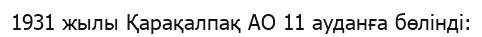
1931 жылы Қарақалпақ АО 11 ауданға бөлінді: